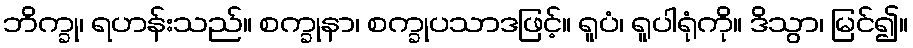
ဘိက္ခု၊ ရဟန်းသည်။ စက္ခုနာ၊ စက္ခုပသာဒဖြင့်။ ရူပံ၊ ရူပါရုံကို။ ဒိသွာ၊ မြင်၍။